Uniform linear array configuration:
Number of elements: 16
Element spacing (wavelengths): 1
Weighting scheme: blackman
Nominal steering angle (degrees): -45
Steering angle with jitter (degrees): -45.75
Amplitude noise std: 0.05
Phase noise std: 0.05

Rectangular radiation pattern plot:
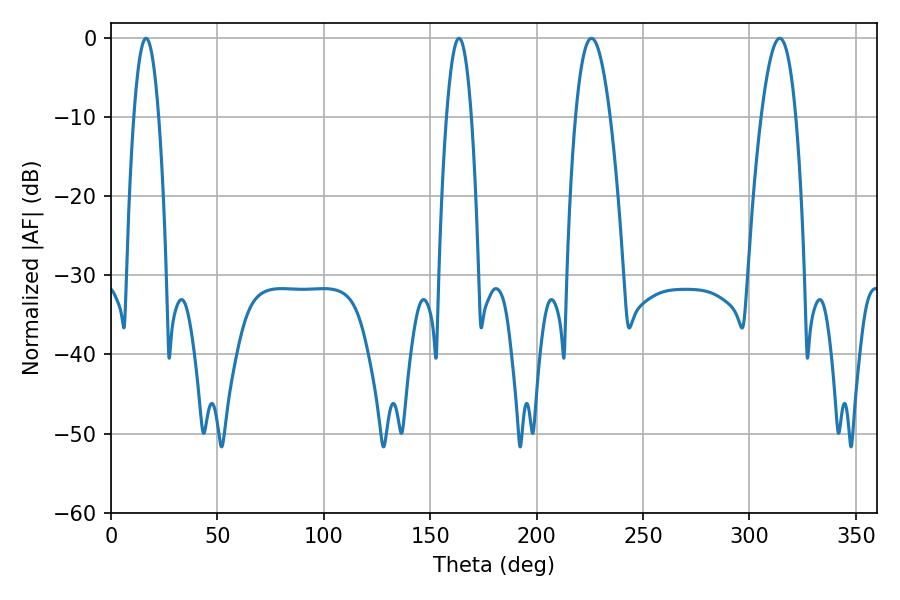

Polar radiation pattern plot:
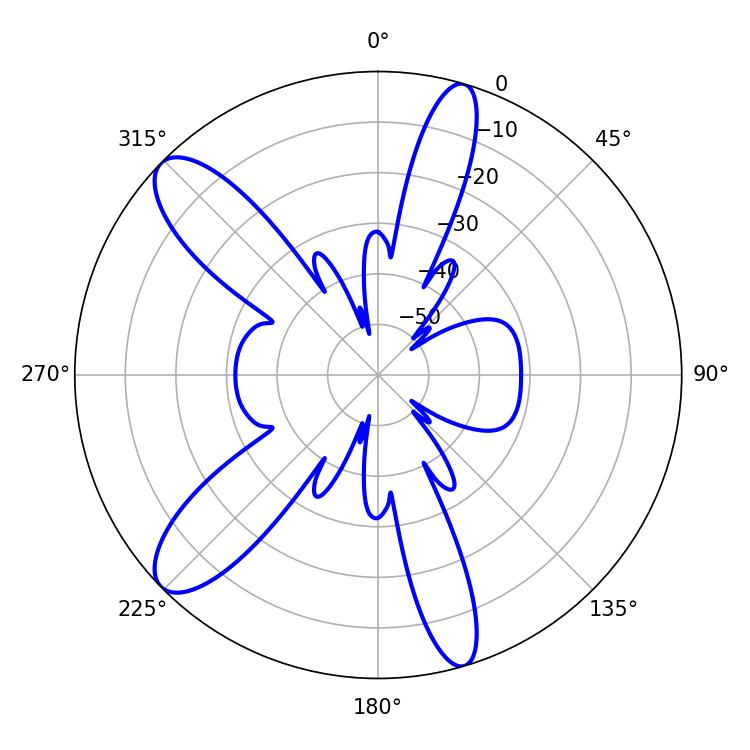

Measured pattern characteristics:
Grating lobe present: TRUE
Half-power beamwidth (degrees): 8.82
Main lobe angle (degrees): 225.72